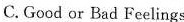
C. Good or Bad Feelings